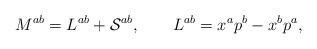
LaTeX: \begin{align*}M^{ab} = L^{ab} + {\cal S}^{ab}, \qquad L^{ab} = x^a p^b - x^b p^a,\end{align*}